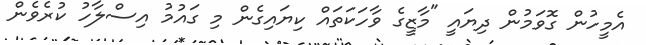
އެމީހުން ގޮވަމުން ދިޔައީ "މާޒީގެ ވާހަކަތައް ކިޔައިގެން މި ގައުމު އިސްލާހު ކުރެވެން